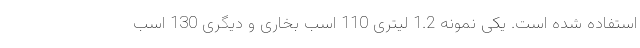
استفاده شده است. یکی نمونه 1.2 لیتری 110 اسب بخاری و دیگری 130 اسب